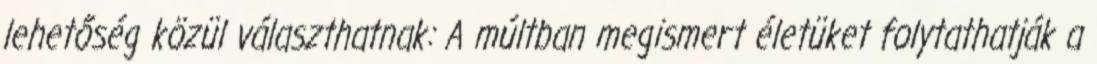
lehetőség közül választhatnak: A múltban megismert életüket folytathatják a